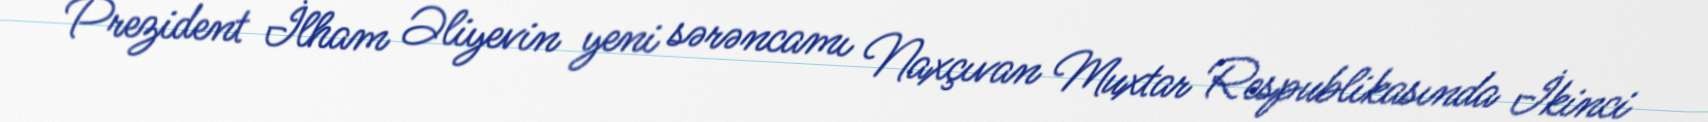
Prezident İlham Əliyevin yeni sərəncamı Naxçıvan Muxtar Respublikasında İkinci